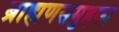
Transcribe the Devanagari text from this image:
ब्राह्मणसमुहका